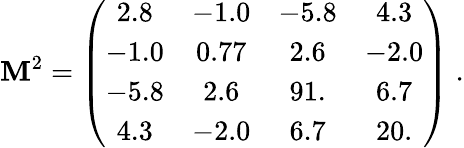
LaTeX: \mathbf{M}^{2}=\left(\begin{array}{cccc}{{2.8}}&{{-1.0}}&{{-5.8}}&{{4.3}}\\ {{-1.0}}&{{0.77}}&{{2.6}}&{{-2.0}}\\ {{-5.8}}&{{2.6}}&{{91.}}&{{6.7}}\\ {{4.3}}&{{-2.0}}&{{6.7}}&{{20.}}\end{array}\right)\; .